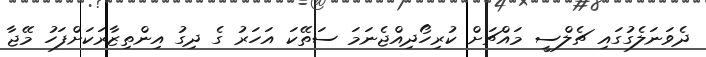
ދެވަނަލެގުގައި ޗެލްސީ މައްޗަށް ކުރިހޯދިއްޖެނަމަ ސަތޭކަ އަހަރު ގެ ދިގު އިންތިޒާރަކަށްފަހު މޭޖާ